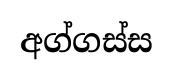
අග්ගස්ස